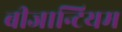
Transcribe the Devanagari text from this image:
बीजान्टियम